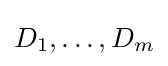
D_{1},\ldots ,D_{m}